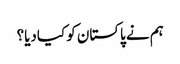
ہم نے پاکستان کو کیادیا؟